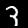
Digit: 3